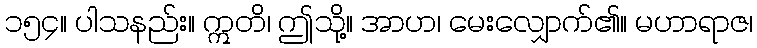
၁၅၄။ ပါသနည်း။ ဣတိ၊ ဤသို့။ အာဟ၊ မေးလျှောက်၏။ မဟာရာဇ၊